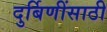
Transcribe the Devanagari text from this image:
दुर्बिणींसाठी